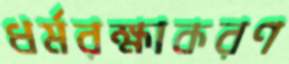
ধর্মরক্ষাকরণ